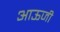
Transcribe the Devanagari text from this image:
आऊजी